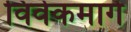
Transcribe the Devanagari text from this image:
विवेकमार्ग